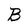
Character: B